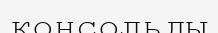
қонсольды